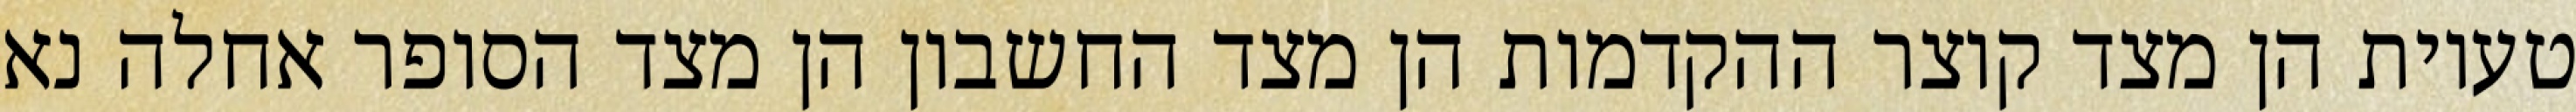
טעיות הן מצד קוצר ההקדמות הן מצד החשבון הן מצד הסופר אחלה נא